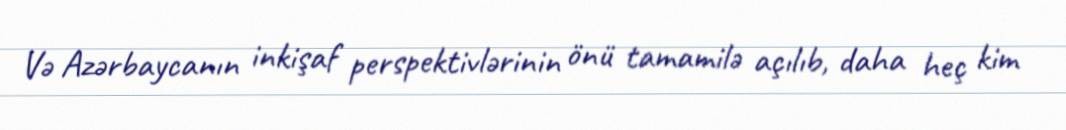
Və Azərbaycanın inkişaf perspektivlərinin önü tamamilə açılıb, daha heç kim